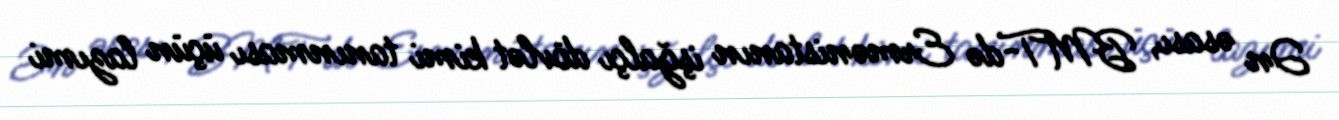
Ən əsası, BMT-də Ermənistanın işğalçı dövlət kimi tanınması üçün lazımi